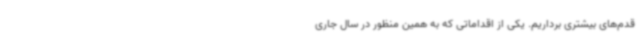
قدم‌های بیشتری برداریم. یکی از اقداماتی که به همین منظور در سال جاری